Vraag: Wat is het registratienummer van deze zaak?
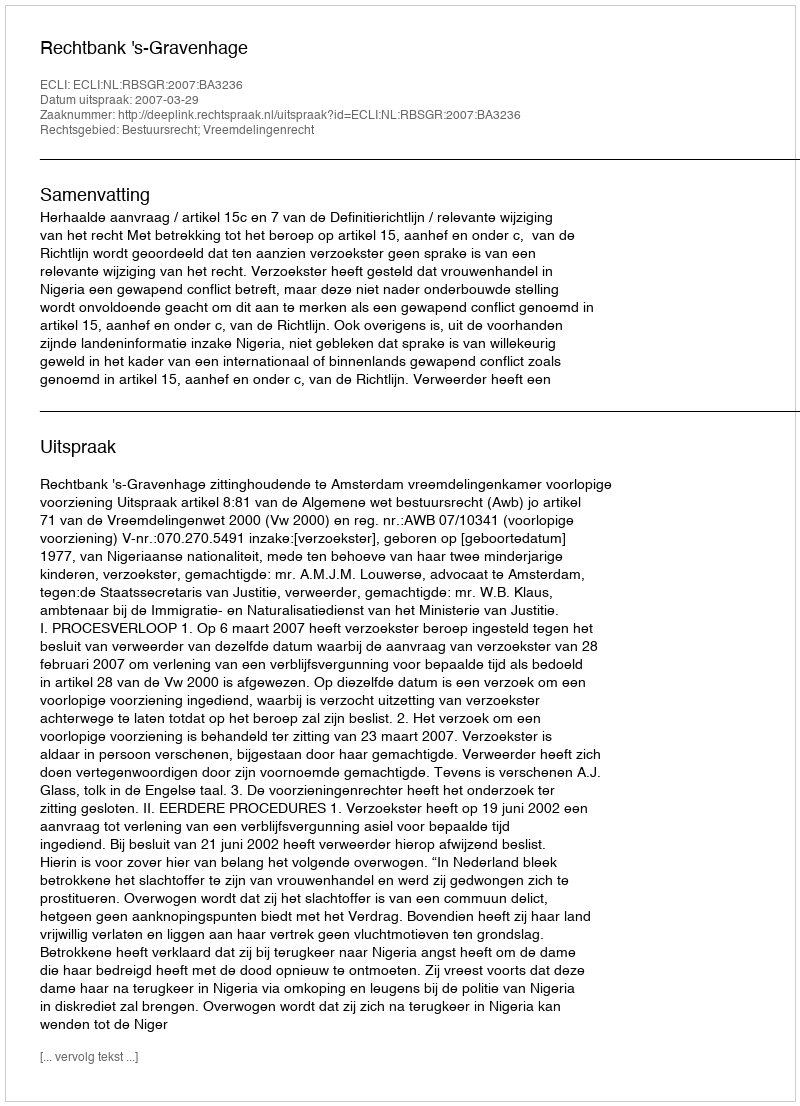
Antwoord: http://deeplink.rechtspraak.nl/uitspraak?id=ECLI:NL:RBSGR:2007:BA3236